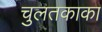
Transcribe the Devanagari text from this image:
चुलतकाका